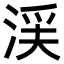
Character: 渓